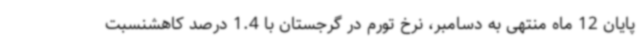
پایان 12 ماه منتهی به دسامبر، نرخ تورم در گرجستان با 1.4 درصد کاهشنسبت